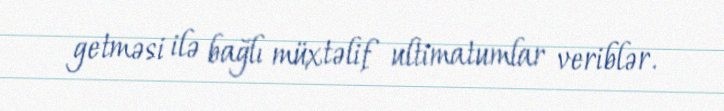
getməsi ilə bağlı müxtəlif ultimatumlar veriblər.